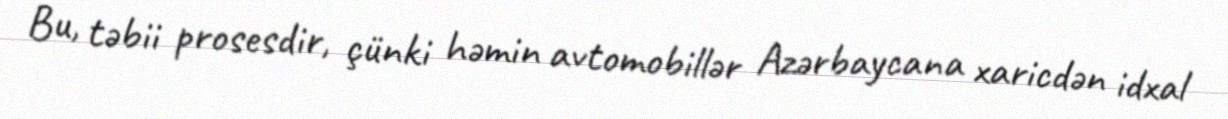
Bu, təbii prosesdir, çünki həmin avtomobillər Azərbaycana xaricdən idxal